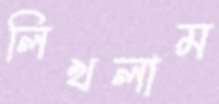
লিখলাম